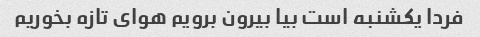
فردا یکشنبه است بیا بیرون برویم هوای تازه بخوریم